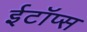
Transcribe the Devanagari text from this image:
ईटॉप्स